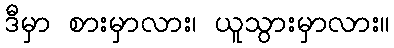
ဒီမှာ စားမှာလား၊ ယူသွားမှာလား။